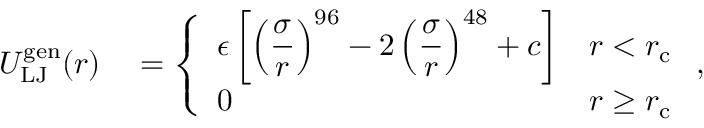
\begin{array} { r l } { U _ { \mathrm { L J } } ^ { \mathrm { g e n } } ( r ) } & { { } = \left\{ \begin{array} { l l } { \displaystyle \epsilon \left[ \left( \frac { \sigma } { r } \right) ^ { 9 6 } - 2 \left( \frac { \sigma } { r } \right) ^ { 4 8 } + c \right] } & { r < r _ { \mathrm { c } } } \\ { 0 } & { r \ge r _ { \mathrm { c } } } \end{array} \right. , } \end{array}